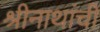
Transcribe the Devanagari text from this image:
श्रीनाथांची